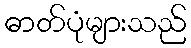
ဓာတ်ပုံများသည်